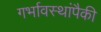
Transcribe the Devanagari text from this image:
गर्भावस्थांपैकी